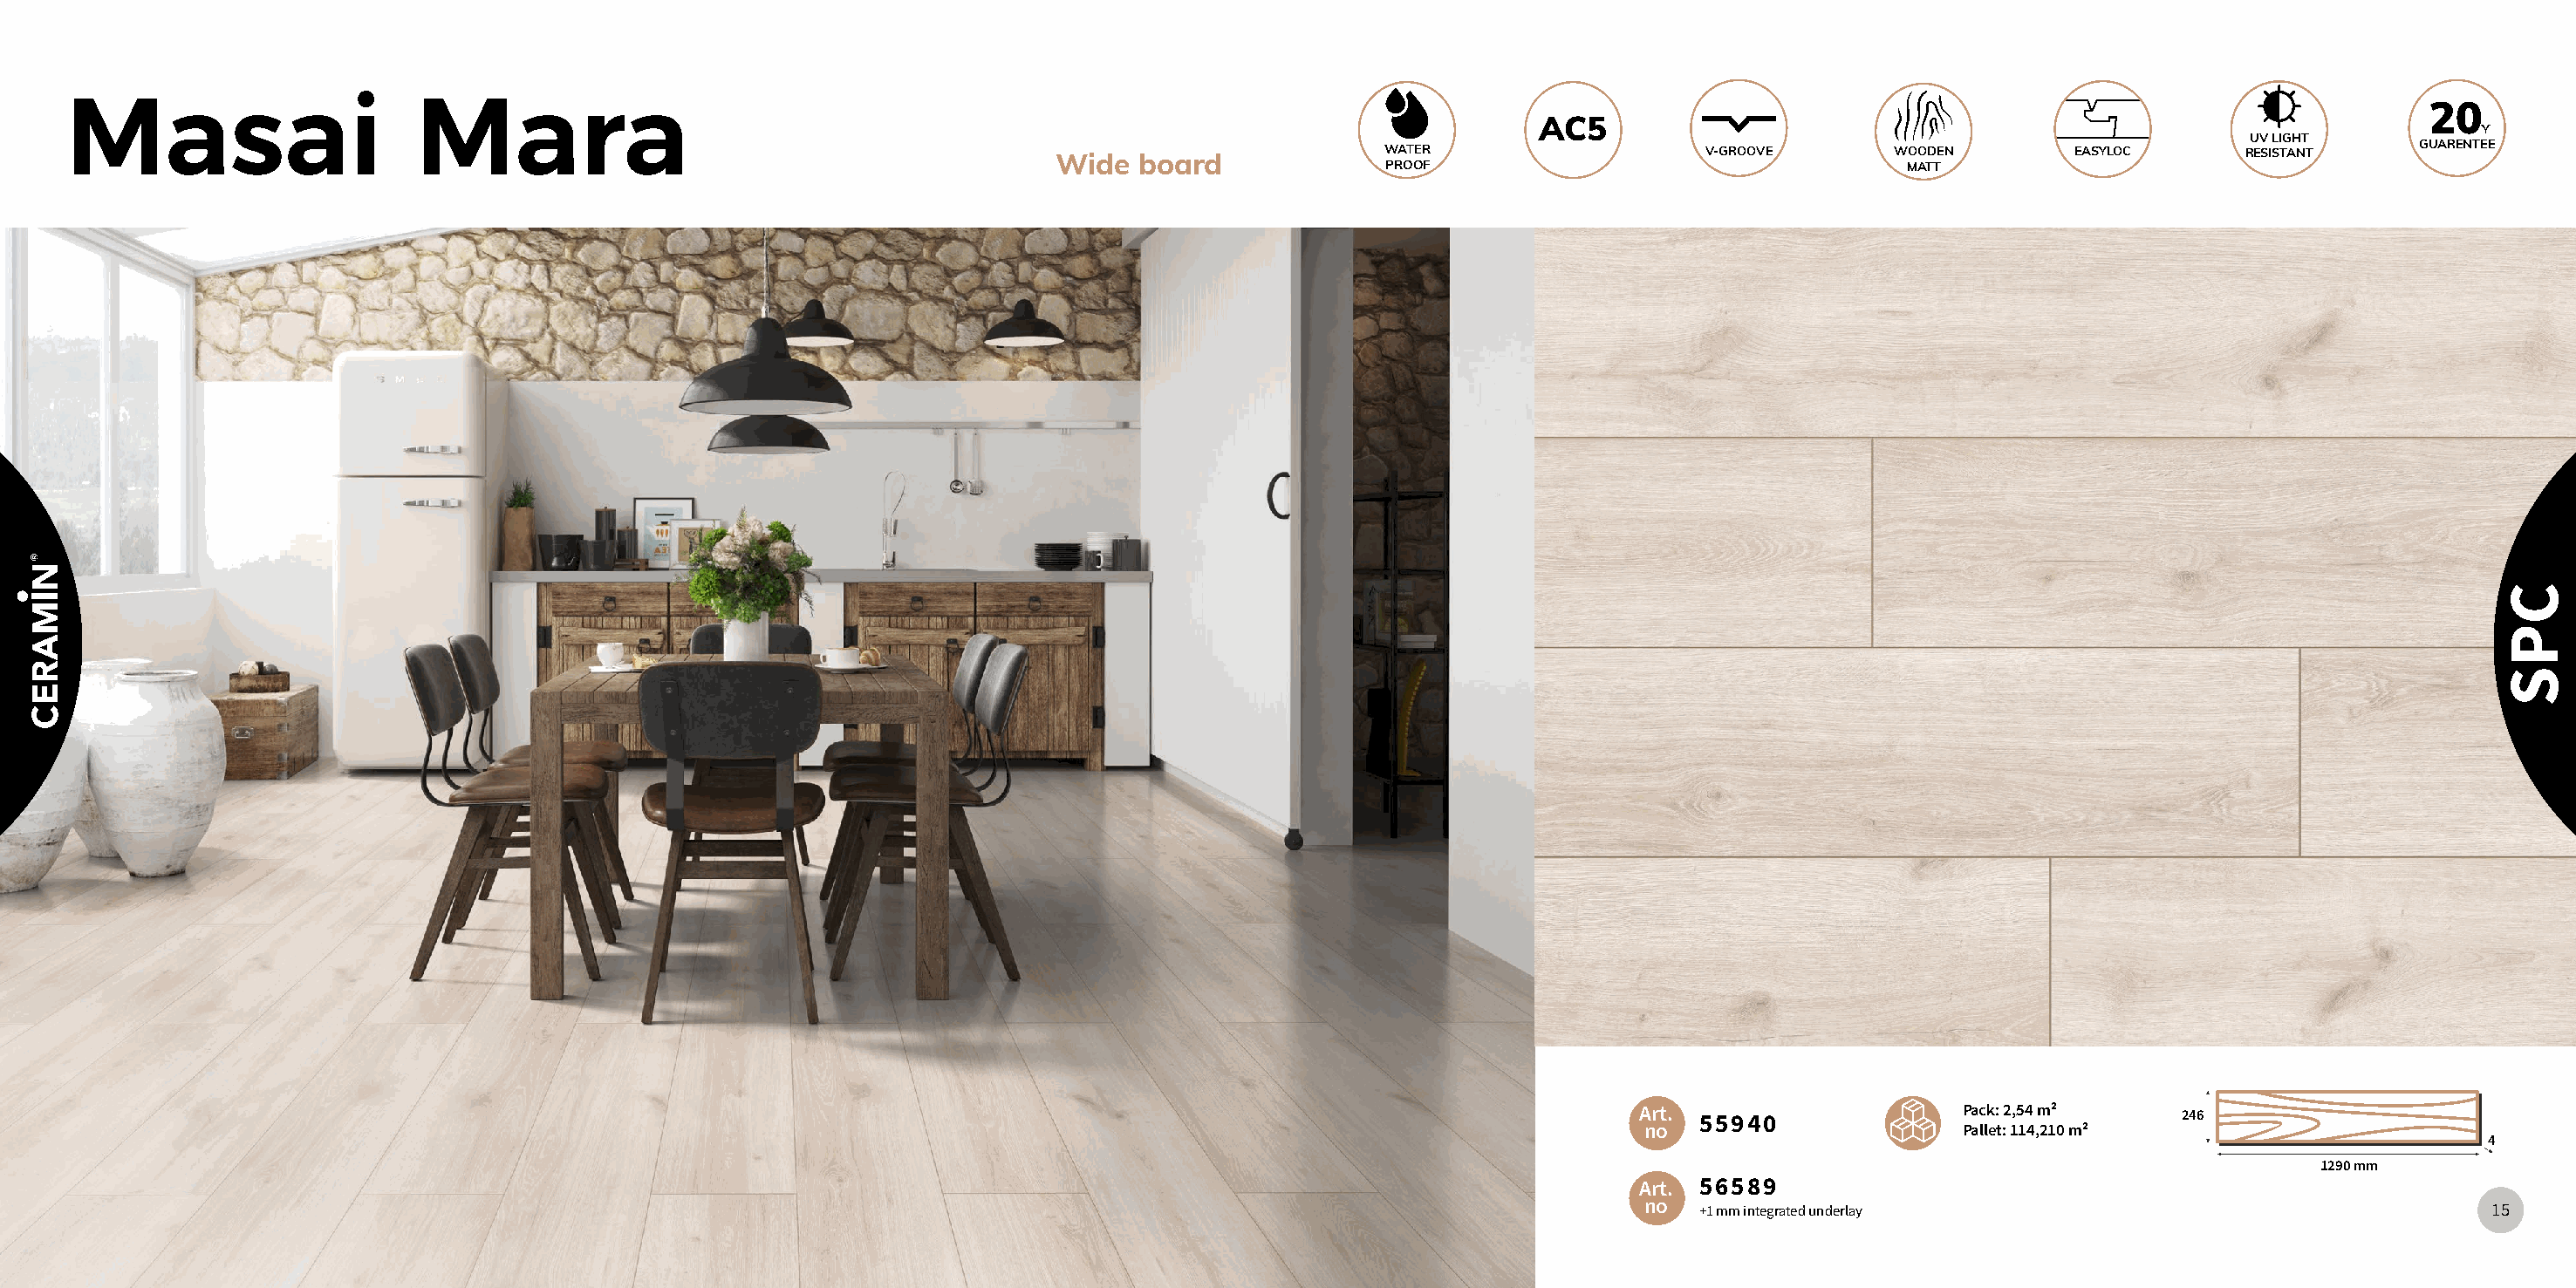
Masai                      Mara                                                                                                                                                    20
 AC5
 Y
 UV LIGHT
 WATER                   V-GROOVE       WOODEN       EASYLOC      RESISTANT     GUARENTEE
 Wide  board
 PROOF                                   MATT
 Art. 55940               Pack: 2,54 m²    246
 no                      Pallet: 114,210 m²
 4
 1290 mm
 Art. 56589
 no  +1 mm integrated underlay                                   15